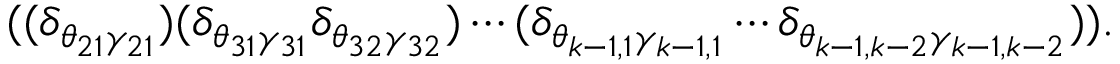
( ( \delta _ { \theta _ { 2 1 } \gamma _ { 2 1 } } ) ( \delta _ { \theta _ { 3 1 } \gamma _ { 3 1 } } \delta _ { \theta _ { 3 2 } \gamma _ { 3 2 } } ) \cdots ( \delta _ { \theta _ { k - 1 , 1 } \gamma _ { k - 1 , 1 } } \cdots \delta _ { \theta _ { k - 1 , k - 2 } \gamma _ { k - 1 , k - 2 } } ) ) .